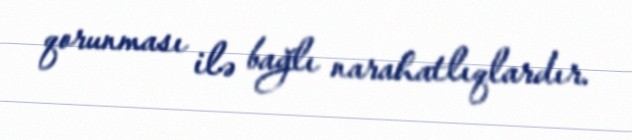
qorunması ilə bağlı narahatlıqlardır.